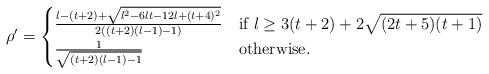
LaTeX: \begin{align*}\rho'=\begin{cases}\frac{l-(t+2)+\sqrt{l^2-6lt-12l+(t+4)^2}}{2\left((t+2)(l-1)-1\right)}&\mbox{if}~l\ge 3(t+2)+2\sqrt{(2t+5)(t+1)}\\\frac{1}{\sqrt{(t+2)(l-1)-1}} &\mbox{otherwise.}\end{cases}\end{align*}